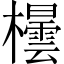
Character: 𪴘